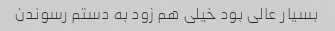
بسیار عالی بود خیلی هم زود به دستم رسوندن